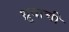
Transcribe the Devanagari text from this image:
ध्रुवाची